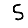
Digit: 5